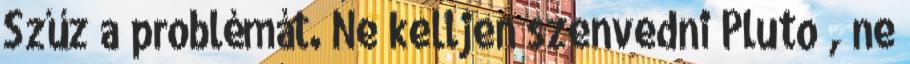
Szűz a problémát. Ne kelljen szenvedni Pluto , ne